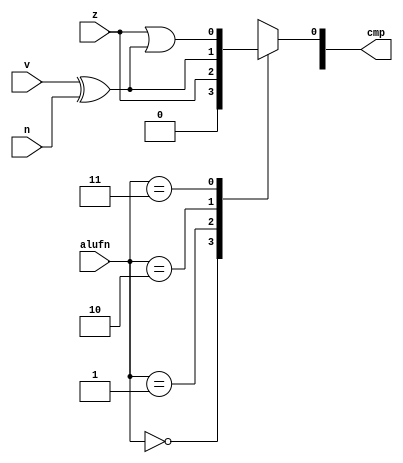
/*
   This file was generated automatically by the Mojo IDE version B1.3.6.
   Do not edit this file directly. Instead edit the original Lucid source.
   This is a temporary file and any changes made to it will be destroyed.
*/

module cmp_25 (
    input [1:0] alufn,
    input z,
    input v,
    input n,
    output reg [15:0] cmp
  );
  
  
  
  always @* begin
    
    case (alufn[0+1-:2])
      default: begin
        cmp[0+0-:1] = 1'h0;
      end
      2'h0: begin
        cmp[0+0-:1] = 1'h0;
      end
      2'h1: begin
        cmp[0+0-:1] = z;
      end
      2'h2: begin
        cmp[0+0-:1] = v ^ n;
      end
      2'h3: begin
        cmp[0+0-:1] = z | (v ^ n);
      end
    endcase
  end
endmodule